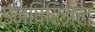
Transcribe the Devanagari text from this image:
इम्पिरिअल